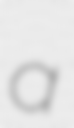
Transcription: a